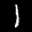
Label: 1